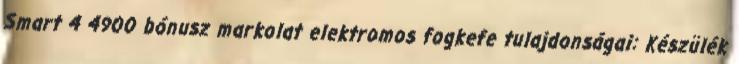
Smart 4 4900 bónusz markolat elektromos fogkefe tulajdonságai: Készülék